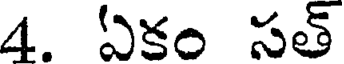
4. ఏకం సత్